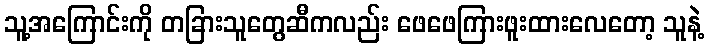
သူ့အကြောင်းကို တခြားသူတွေဆီကလည်း ဖေဖေကြားဖူးထားလေတော့ သူနဲ့